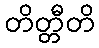
တိတ္တီတိ